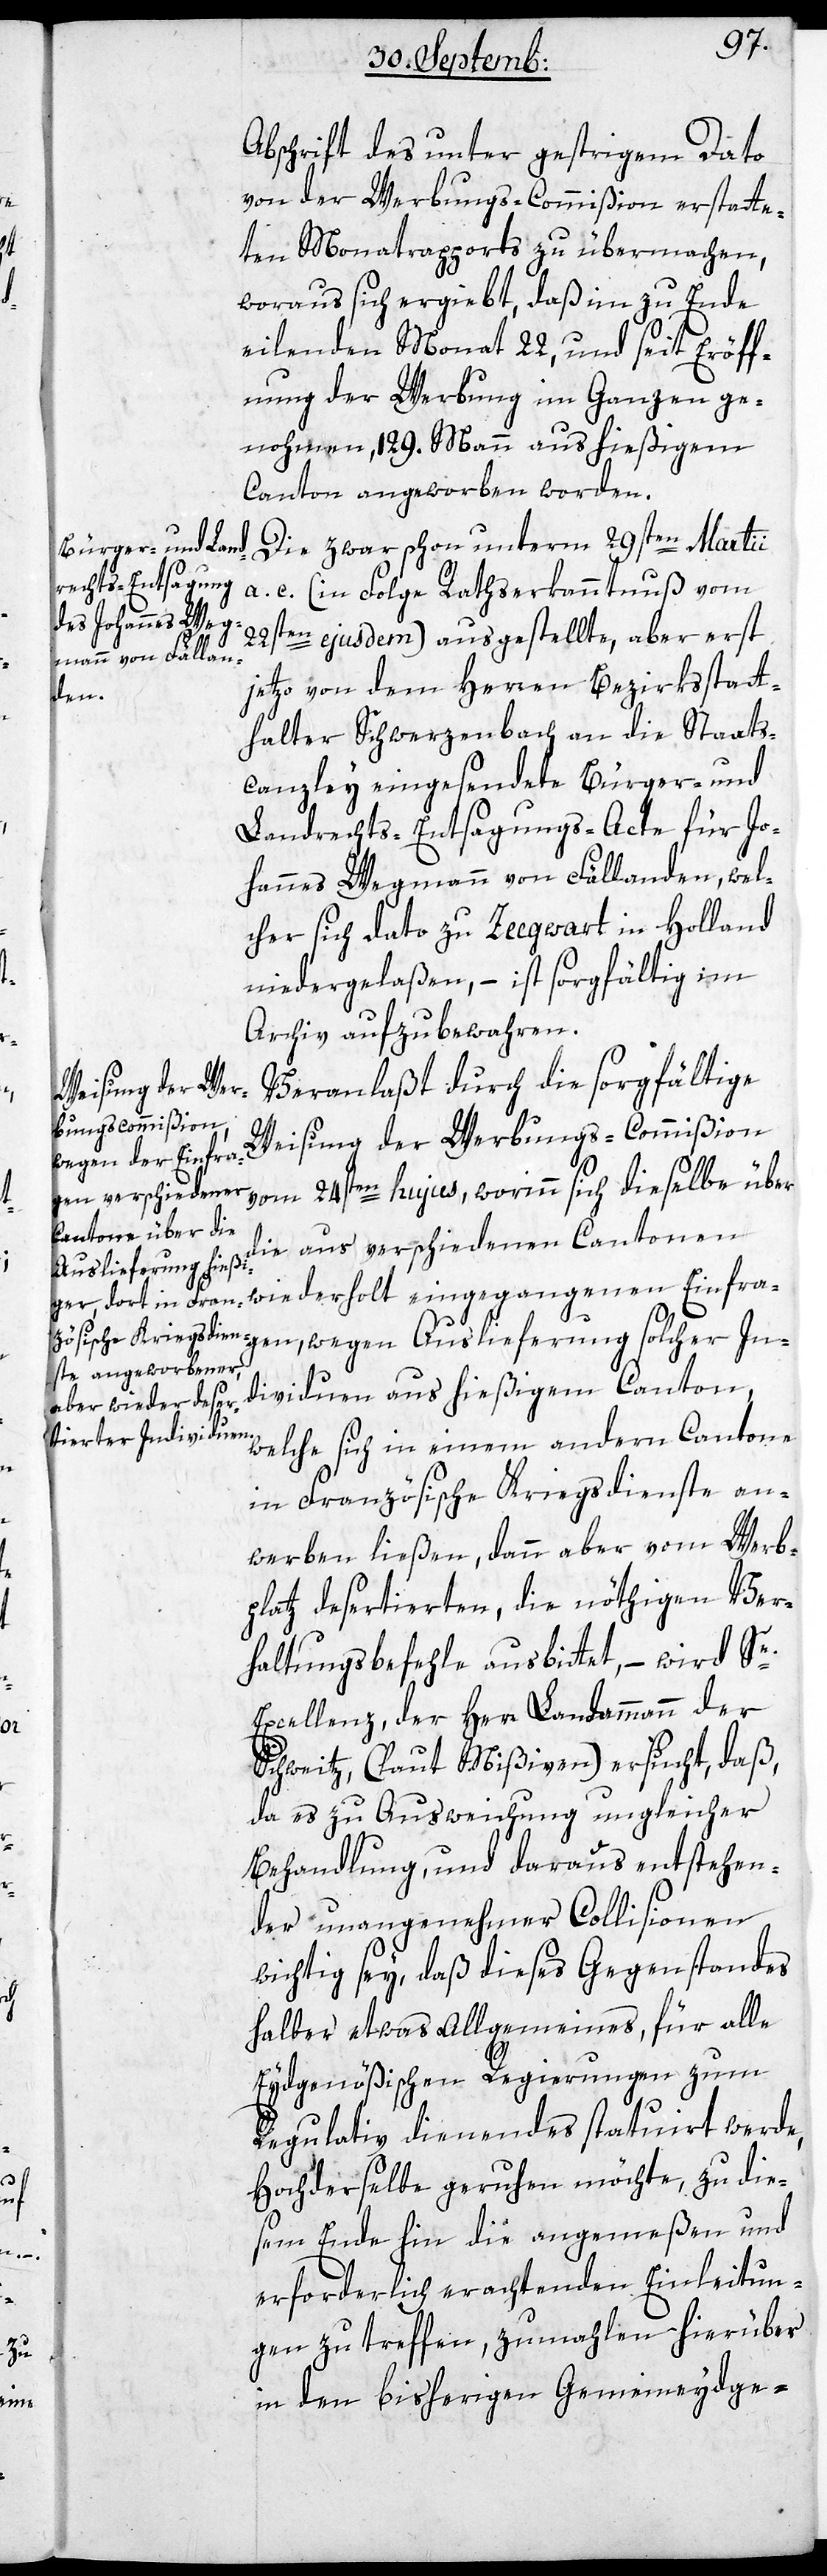
In¬

Abschrift des unter gestrigem Dato
von der Werbungs-Commißion erstatte¬
ten Monatsrapports zu übermachen,
woraus sich ergiebt, daß im zu Ende
eilenden Monat 22, und seit Eröff¬
nung der Werbung im Ganzen ge¬
nohmen, 129. Mann aus hießigem
Canton angeworben worden.
Die zwar schon unterm 29sten Martii
a. c. (in Folge Ratserkanntnuß vom
22sten ejusdem) ausgestellte, aber erst
jetzo von dem Herren Bezirksstatt¬
gen
halter Schwerzenbach an die Staats¬
canzley eingesendete Bürger- und
Landrechts-Entsagungs-Acte für Jo¬
hannes Wegmann von Fällanden, wel¬
cher sich dato zu Zeegwart in Holland
niedergelaßen, – ist sorgfältig im
Archiv aufzubewahren.
Veranlaßt durch die sorgfältige
Weisung der Werbungs-Commißion
vom 24sten hujus, worinn sich dieselbe über
die aus verschiedenen Cantonen
Auslieferung solcher
wiederholt eingegangenen Einfra¬
dividuen aus hießigem Canton,
welche sich in einem andern Canton
in Französische Kriegsdienste an¬
werben ließen, dann aber vom Werb¬
platz desertierten, die nöthigen Ver¬
haltungsbefehle ausbittet, – wird Se.
Excellenz der Herr Landammann der
Schweitz, (laut Mißiven) ersucht, daß,
da es zu Ausweichung ungleicher
Behandlung, und daraus entstehen¬
der unangenehmer Collisionen
wichtig sey, daß dieses Gegenstandes
halber etwas Allgemeines, für alle
Eydgenößischen Regierungen zum
Regulativ dienendes statuiert werde,
hochderselbe geruhen möchte, zu die¬
sem Ende hin die angemeßen und
erforderlich erachtenden Einleitun¬
gen zu treffen, zumahlen hierüber
in den bisherigen Gemeineydge-